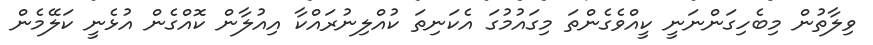
ވިލާތުން މިބެހިގަންނަނީ ކީއްވެގެންތަ މިގައުމުގަ އެކަނިތަ ކުއްލިނުރައްކާ އިއުލާން ކޮއްގެން އުޅެނީ ކަލޭމެން